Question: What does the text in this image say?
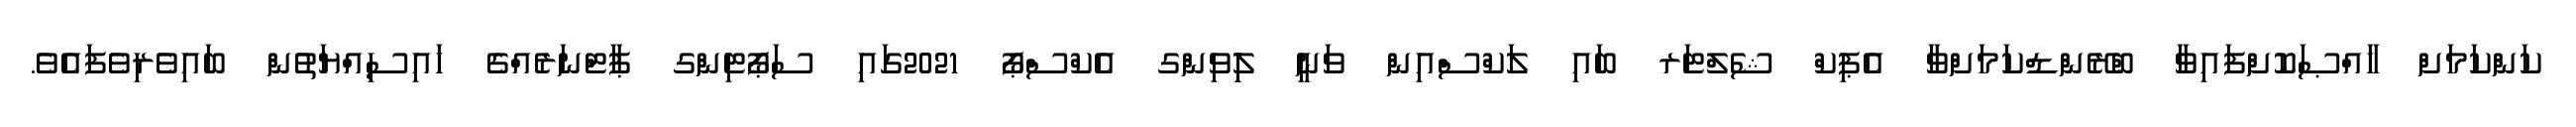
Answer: ކަންކަމަށް ޚާއްޞަކޮށްފައިވާ ބްރޭންޑްކަމަށްވާ އެޕިކް ޝެލްޓަރ ބައި ލަކްސްއިން ވަނީ ލިިވިންގ އެކްސްޕޯ 2021ގައި ސަޕޯޓިންގ ޕާޓްނަރެއްގެ ހައިސިއްޔަތުން ބައިވެރިވެފައެވެ.